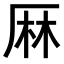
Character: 𠩵